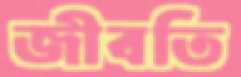
জীবতি